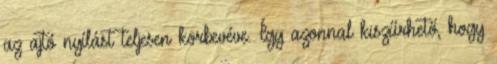
az ajtó nyílást teljesen körbevéve. Így azonnal kiszűrhető, hogy